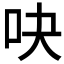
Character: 吷